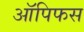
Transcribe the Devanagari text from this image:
ऑपिफस